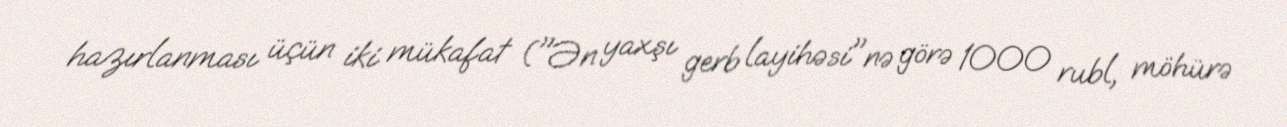
hazırlanması üçün iki mükafat ("Ən yaxşı gerb layihəsi"nə görə 1000 rubl, möhürə